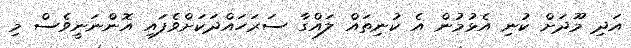
އަދި މޫދަށް ކުނި އެޅުމުން އެ ކުނިތައް ލައްގާ ސަރަހައްދަކަށްވެފައި އޮންނަނީވެސް މި